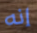
إنه